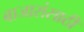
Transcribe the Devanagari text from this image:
बाजारांसाठी